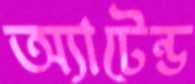
অ্যাটেন্ড